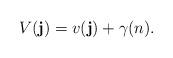
LaTeX: \begin{align*} V(\mathbf{j}) = v(\mathbf{j}) + \gamma(n). \end{align*}